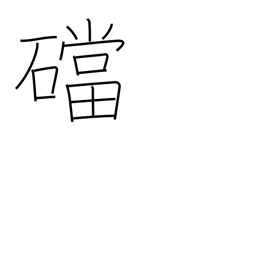
Meaning: base